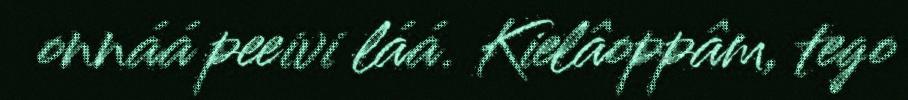
onnáá peeivi láá. Kielâoppâm, tego